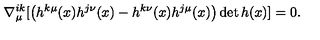
\nabla _ { \mu } ^ { i k } [ \left( h ^ { k \mu } ( x ) h ^ { j \nu } ( x ) - h ^ { k \nu } ( x ) h ^ { j \mu } ( x ) \right) \det h ( x ) ] = 0 .